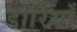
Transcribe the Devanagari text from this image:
डोरियाँ